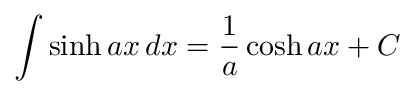
\int \sinh a x \, d x = { \frac { 1 } { a } } \cosh a x + C